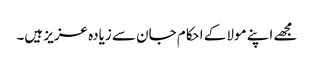
مجھے اپنے مولا کے احکام جان سے زیادہ عزیز ہیں۔